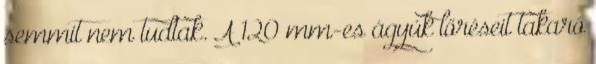
semmit nem tudtak. A 120 mm-es ágyúk lőréseit takaró